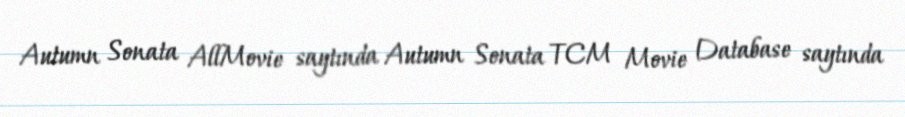
Autumn Sonata AllMovie saytında Autumn Sonata TCM Movie Database saytında